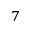
^ 7